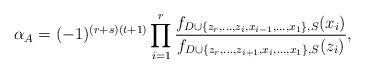
LaTeX: \begin{align*}\alpha_{A} = (-1)^{ (r+s)(t+1) } \prod_{i=1}^{r} \frac{ f_{D \cup \{z_{r}, \ldots, z_{i}, x_{i-1}, \ldots, x_{1}\},S}(x_{i}) }{ f_{D \cup \{z_{r}, \ldots, z_{i+1}, x_{i}, \ldots, x_{1}\},S}(z_{i})},\end{align*}